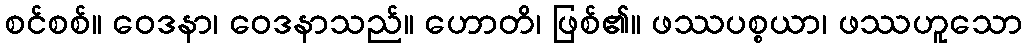
စင်စစ်။ ဝေဒနာ၊ ဝေဒနာသည်။ ဟောတိ၊ ဖြစ်၏။ ဖဿပစ္စယာ၊ ဖဿဟူသော